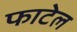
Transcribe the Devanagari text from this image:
फाटेल